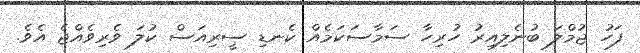
ފަހު ޖުމްލަ ބުނެލިއިރު ހުރިހާ ސަމާސަކަމެއް ކެނޑި ސީރިއަސް ކުލަ ވެރިވެއްޖެ އެވެ.